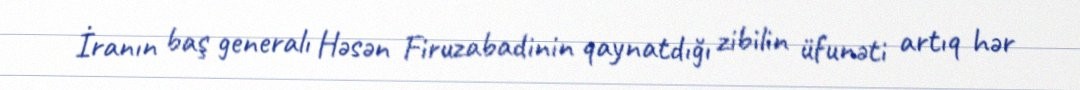
İranın baş generalı Həsən Firuzabadinin qaynatdığı zibilin üfunəti artıq hər